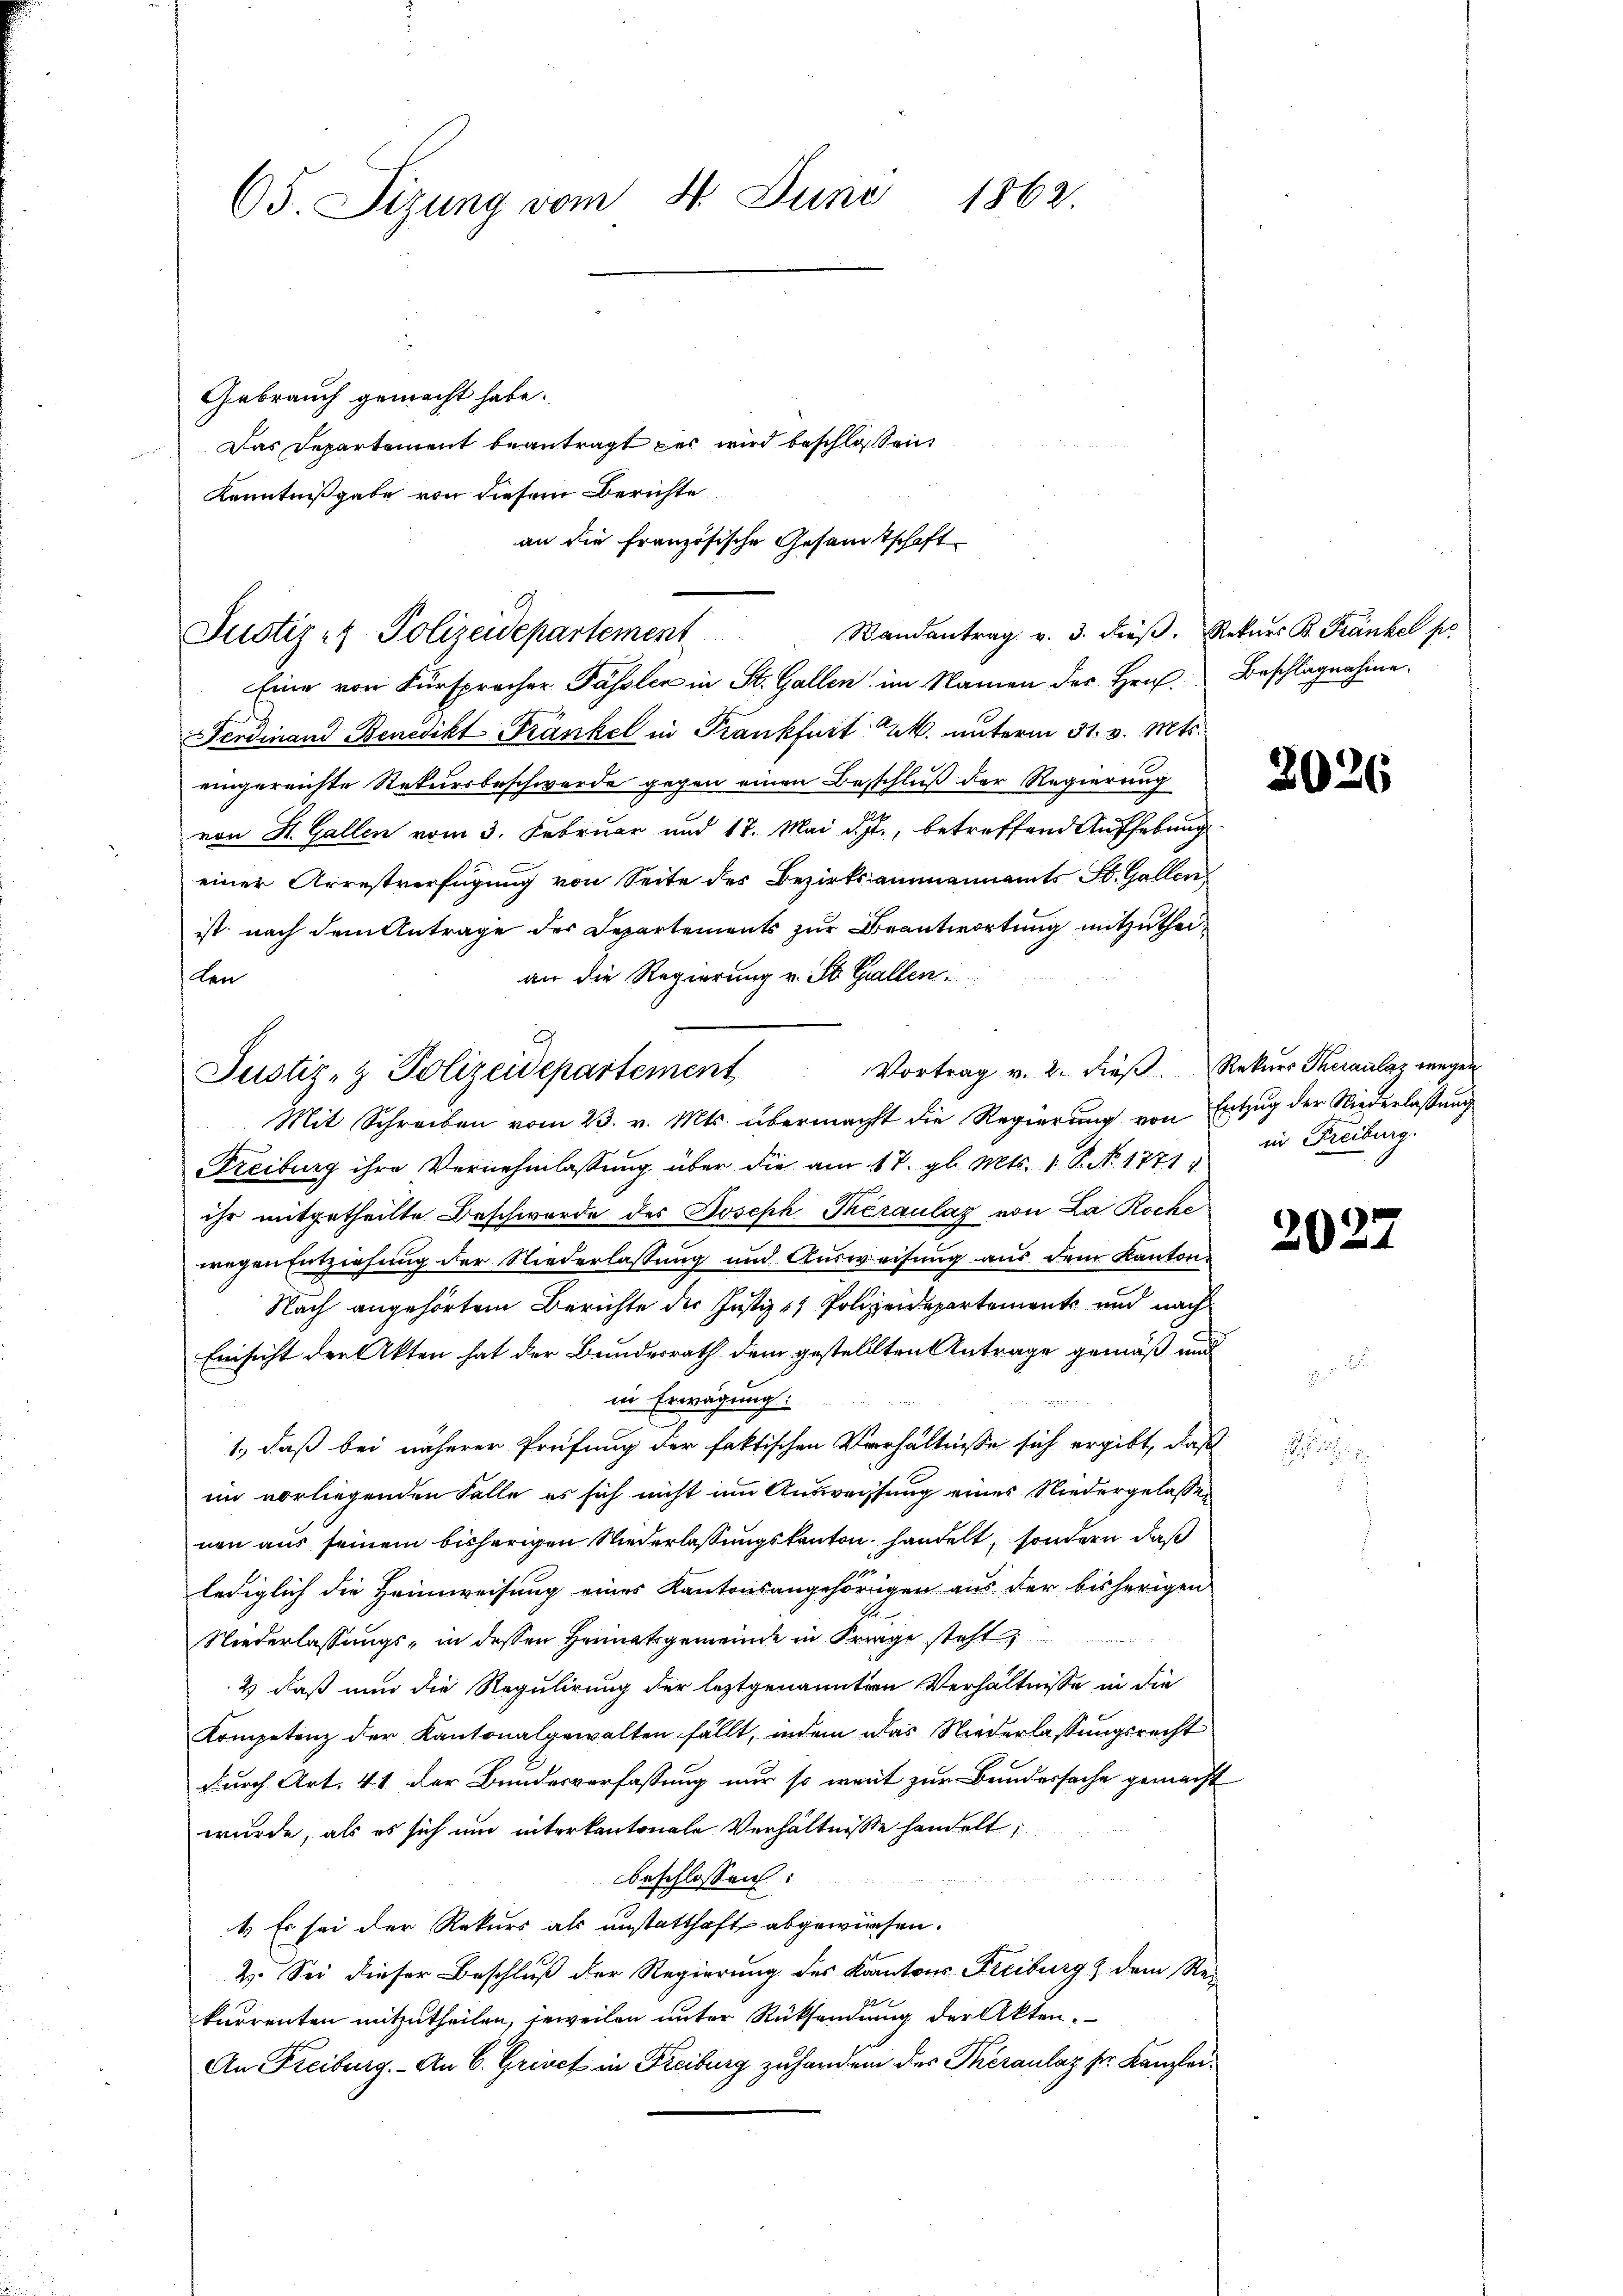
65. Sizung vom 8. Juni 1862.
Gebrauch gemacht habe.
Das Departement beantragt des wird beschlossen:

Kenntnißgabe von diesem Berichte
an die französische Gesamtschaft

E
Wandantrag v. 3. dieβ. Rekurs B. Fränkel po
Justiz- & Polizeidepartement

Eine von Fürsprocher Pässler in St. Gallen im Namen des Hrn. Beschlagnahme
d
Ferdinand Benedikt Tränkel in Frankfurt k. unterm 31. v. Mts.
eingereichte Rekursbeschwerde gegen einen Beschluß der Regierung
von St. Gallen vom 3. Februar und 17. Mai d. J., betreffend Aufhebung
einer Arrestverfügung von Seite des Bezirksammannamts St. Gallen
ist nach dem Antrage des Departements zur Beantwortung mitzutheian die Regierung v. St. Gallen.
den
Mit Schreiben vom 23. v. Mts. übermacht die Regierung von Entzug der Niederlassung
Freiburg ihre Vernehmlassung über die am 17. gl. Mts. 1 S. No 1771)
ihr mitgetheilte Beschwerde des Joseph Theraulaz von La Roche
wegen Entziehung der Niederlassung und Ausweisung aus dem Kanton
Nach angehörtem Berichte der Justiz & Polizeidepartement und nach
Einsicht der Akten hat der Bundesrath dem gestellten Antrage gemäß und
in Erwägung:
2
1., daß bei näherer Prüfung der faktischen Verhältnisse sich ergibt, daß
im vorliegenden Falle es sich nicht um Ausweisung eines Niedergelassen
nen aus seinem bisherigen Niederlassungskanton handelt, sondern daß
175
lediglich die Heimweisung eines Kantonsangehörigen aus der bisherigen
Niederlassungs- in dessen Heimatsgemeinde in Frage steht
2) daß nun die Regulirung der leztgenannten Verhältnisse in die
Kompetenz der Kantonalgewalten fällt, indem das Niederlassungsrecht
durch Art. 41 der Bundesverfassung nur so weit zur Bundersache gemacht
wurde, als es sich um interkantonale Verhältnisse handelt;
beschlossen:
1.) Es sei der Rekurs als anstatthaft abgewiesen.
2. Sei dieser Beschluß der Regierung des Kantons Freiburg & dem Ste-
kurrenten mitzutheilen, jeweilen unter Rücksendung der Akten.
An Freiburg. An C. Griech in Freiburg zu handen des Theranlaz sr. Kanzlei¬

G
Justiz- & Polizeidepartement Vortrag v. 2. dieβ. Rekurs Theranlaz wegen

2026

in Freiburg.

2027